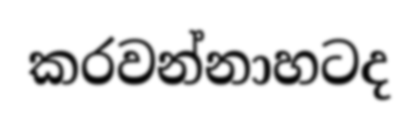
කරවන්නාහටද